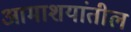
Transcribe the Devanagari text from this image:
आमाशयांतील